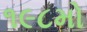
૧૯૮મો